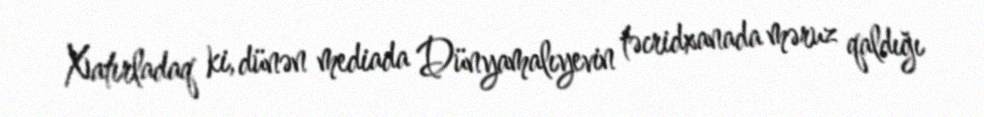
Xatırladaq ki, dünən mediada Dünyamalıyevin təcridxanada məruz qaldığı